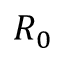
R _ { 0 }